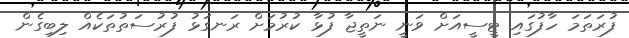
ފުރަތަމަ ހާފުގައި ޓީސީއަށް ވަނީ ނަތީޖާ ފުޅާ ކުރުމަށް ރަނގަޅު ފުރުސަތުތަކެއް ލިބިގެން